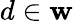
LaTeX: d\in\mathbf{w}